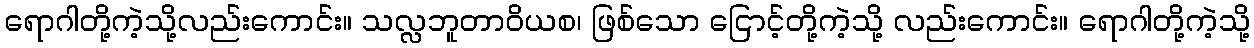
ရောဂါတို့ကဲ့သို့လည်းကောင်း။ သလ္လဘူတာဝိယစ၊ ဖြစ်သော ငြောင့်တို့ကဲ့သို့ လည်းကောင်း။ ရောဂါတို့ကဲ့သို့